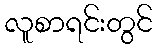
လူစာရင်းတွင်